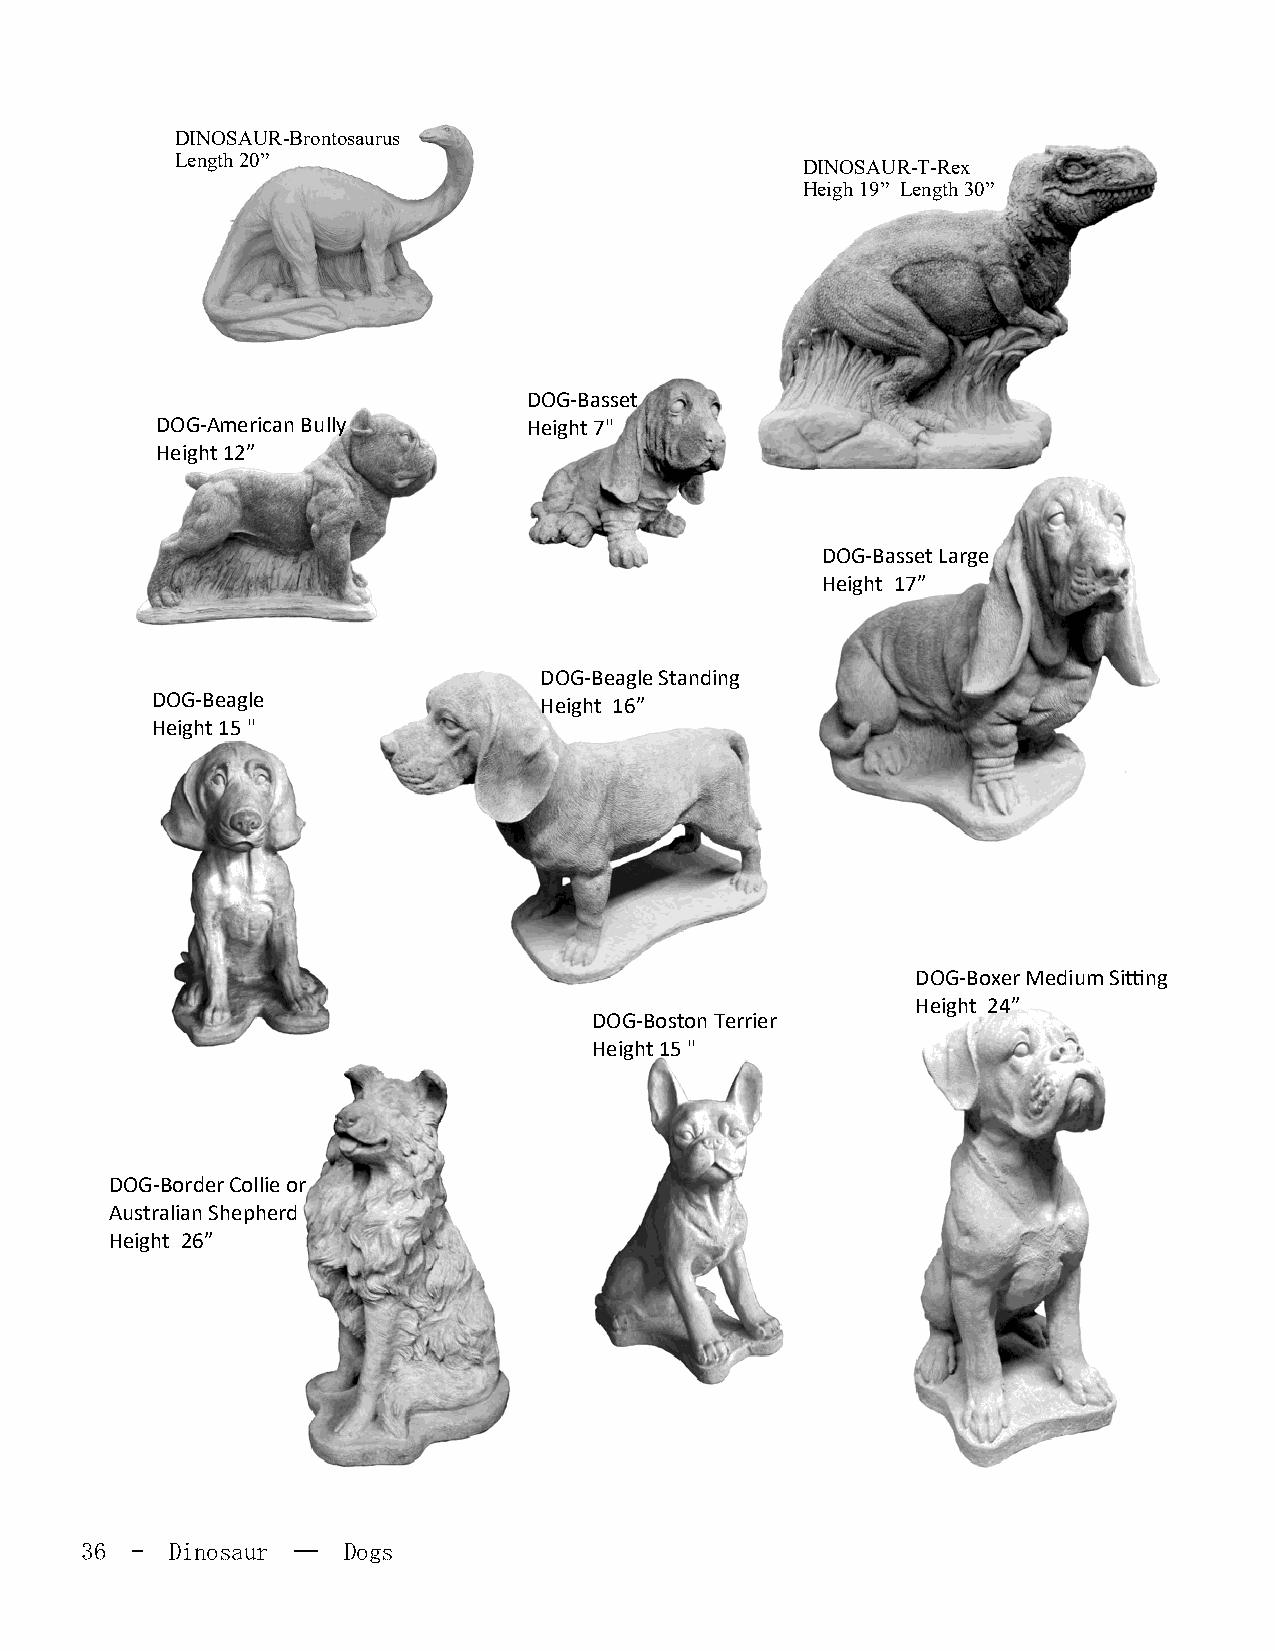
DINOSAUR-Brontosaurus
 Length 20”                               DINOSAUR-T-Rex
 Heigh 19” Length 30”
 DOG-Basset
 DOG-American Bully       Height 7"
 Height 12”
 DOG-Basset Large
 Height 17”
 DOG-Beagle Standing
 DOG-Beagle                Height 16”
 Height 15 "
 DOG-Boxer Medium Sitting
 Height 24”
 DOG-Boston Terrier
 Height 15 "
 DOG-Border Collie or
 Australian Shepherd
 Height 26”
 36  - Dinosaur —- Dogs